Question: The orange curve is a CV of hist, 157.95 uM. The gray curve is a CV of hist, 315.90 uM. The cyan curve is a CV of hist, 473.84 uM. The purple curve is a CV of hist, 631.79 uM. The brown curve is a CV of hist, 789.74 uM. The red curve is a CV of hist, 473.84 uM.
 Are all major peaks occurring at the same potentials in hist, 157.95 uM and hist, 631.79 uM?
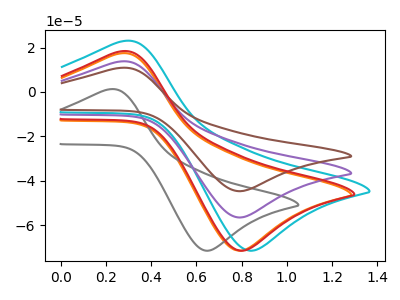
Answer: <think>The orange curve "hist, 157.95 uM" has an anodic peak at (0.25V, 17.30uA) and a cathodic peak at (0.80V, -71.55uA). The gray curve "hist, 315.90 uM" has an anodic peak at (0.20V, 1.15uA) and a cathodic peak at (0.65V, -71.55uA). The cyan curve "hist, 473.84 uM" has an anodic peak at (0.30V, 22.90uA) and a cathodic peak at (0.85V, -71.55uA). The purple curve "hist, 631.79 uM" has an anodic peak at (0.25V, 13.70uA) and a cathodic peak at (0.80V, -56.55uA). The brown curve "hist, 789.74 uM" has an anodic peak at (0.25V, 27.35uA) and a cathodic peak at (0.80V, -113.10uA). The red curve "hist, 473.84 uM" has an anodic peak at (0.25V, 18.25uA) and a cathodic peak at (0.80V, -71.55uA).</think>
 <answer>Yes, "hist, 157.95 uM" have a peak in "hist, 631.79 uM" at the same potential.</answer>
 <eval>match</eval>